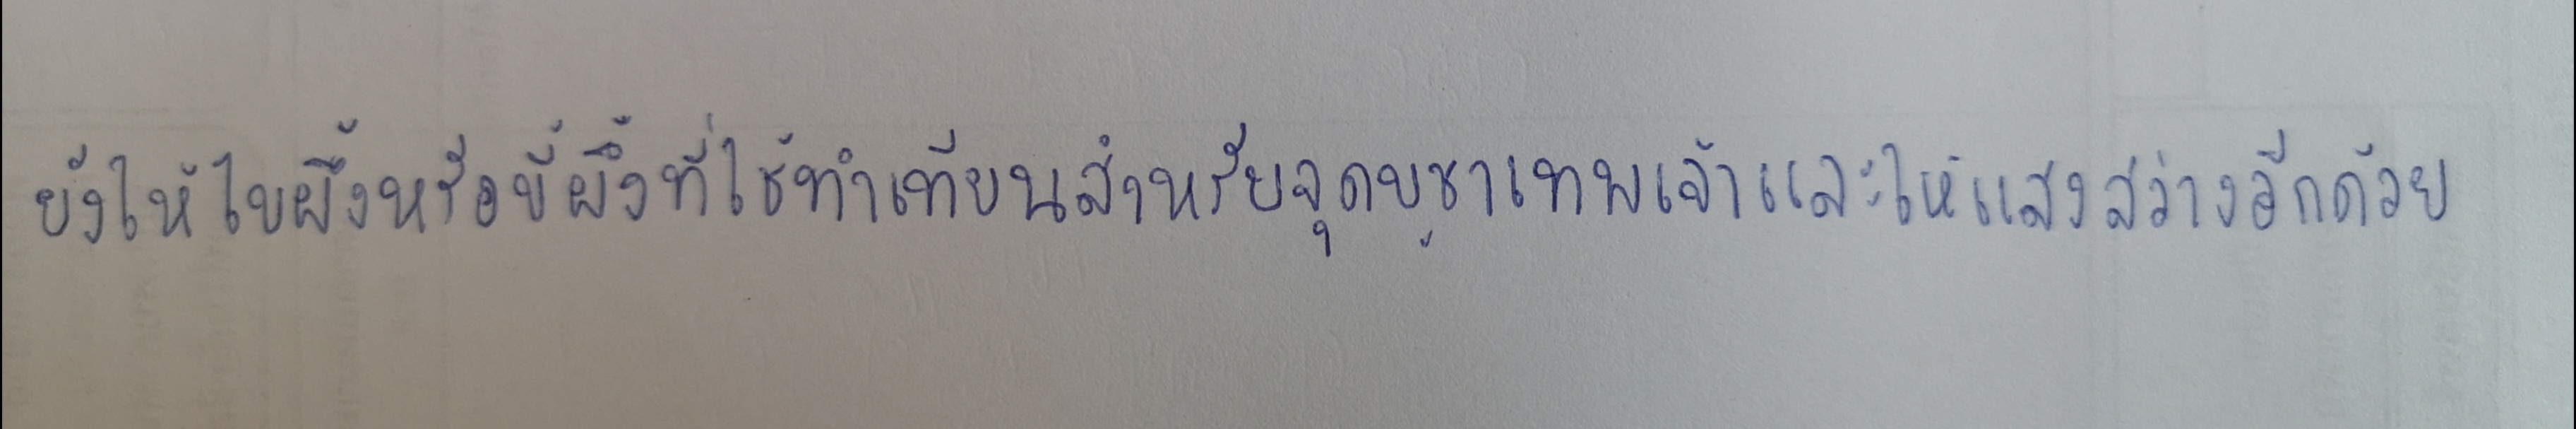
ยังให้ไขผึ้งหรือขี้ผึ้งที่ใช้ทำเทียนสำหรับจุดบูชาเทพเจ้าและให้แสงสว่างอีกด้วย